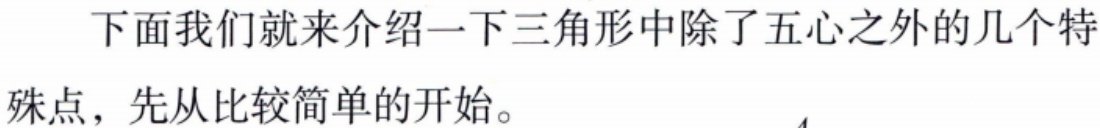
下面我们就来介绍一下三角形中除了五心之外的几个特殊点，先从比较简单的开始。